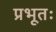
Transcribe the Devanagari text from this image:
प्रभूतः